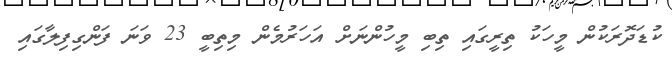
ކުޑަދޮރަކުން މީހަކު ތިރީގައި ތިބި މީހުންނަށް އަހަރުމެން މިތިބީ 23 ވަނަ ފަންގިފިލާގައި